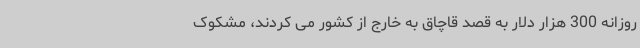
روزانه 300 هزار دلار به قصد قاچاق به خارج از کشور می کردند، مشکوک